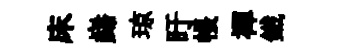
床巋琼盱帳襌鐵